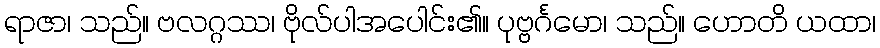
ရာဇာ၊ သည်။ ဗလဂ္ဂဿ၊ ဗိုလ်ပါအပေါင်း၏။ ပုဗ္ဗင်္ဂမော၊ သည်။ ဟောတိ ယထာ၊